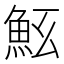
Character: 𩵷